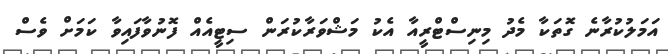
އަމަލުކުރާނެ ގޮތަކާ މެދު މިނިސްޓްރީއާ އެކު މަޝްވަރާކުރަން ސިޓީއެއް ފޮނުވާފައިވާ ކަމަށް ވެސް